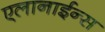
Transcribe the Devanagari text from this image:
एलानाईन्स